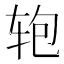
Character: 𰺂